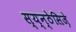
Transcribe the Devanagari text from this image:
स्य्न्ठेसिज़े